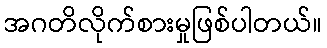
အဂတိလိုက်စားမှုဖြစ်ပါတယ်။